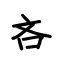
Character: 吝